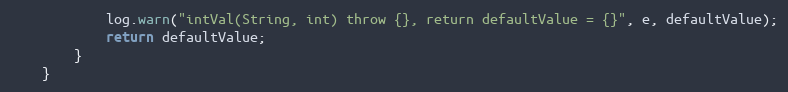
Language: Java
            log.warn("intVal(String, int) throw {}, return defaultValue = {}", e, defaultValue);
            return defaultValue;
        }
    }